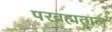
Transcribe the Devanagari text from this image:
परब्रह्मताल